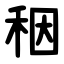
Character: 秵